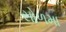
સોળમા